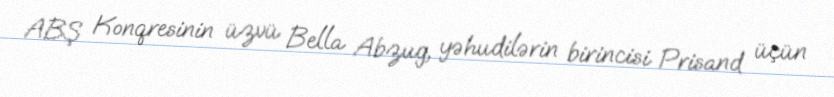
ABŞ Konqresinin üzvü Bella Abzug, yəhudilərin birincisi Prisand üçün